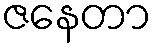
ဇနေတာ